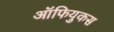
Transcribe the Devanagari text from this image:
ऑफियुकस